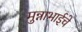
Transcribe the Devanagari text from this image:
मुन्नाभाईचे